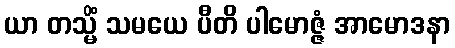
ယာ တသ္မိံ သမယေ ပီတိ ပါမောဇ္ဇံ အာမောဒနာ